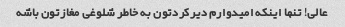
عالی! تنها اینکه امیدوارم دیرکردتون به خاطر شلوغی مغازتون باشه